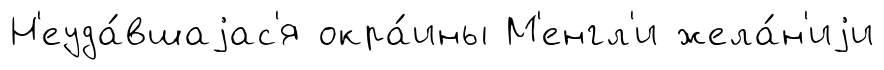
Н'еуда́вшаjас'я окра́ины М'енгл'и жела́н'иjи